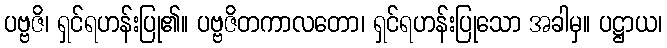
ပဗ္ဗဇိ၊ ရှင်ရဟန်းပြု၏။ ပဗ္ဗဇိတကာလတော၊ ရှင်ရဟန်းပြုသော အခါမှ။ ပဋ္ဌာယ၊